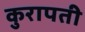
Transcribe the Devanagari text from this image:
कुरापती